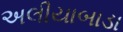
અલીયાબાડા